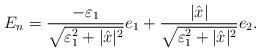
LaTeX: \begin{align*}E_n = \frac{- \varepsilon_1}{\sqrt{\varepsilon_1^2 + |\hat{x}|^2}} e_1 + \frac{|\hat{x}|}{\sqrt{\varepsilon_1^2 + |\hat{x}|^2}} e_2.\end{align*}